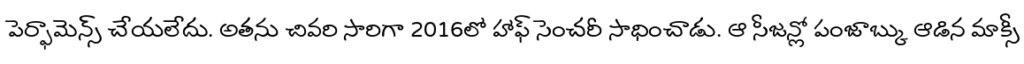
పెర్ఫామెన్స్ చేయలేదు. అతను చివరి సారిగా 2016లో హాఫ్ సెంచరీ సాధించాడు. ఆ సీజన్లో పంజాబ్కు ఆడిన మాక్సీ